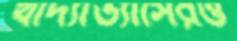
খাদ্যাভ্যাসেরও